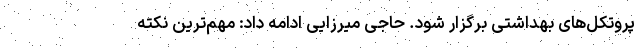
پروتکل‌های بهداشتی برگزار شود. حاجی میرزایی ادامه داد: مهم‌ترین نکته